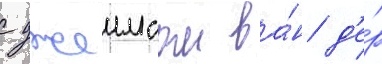
с джеимсом ва́н д'е́р